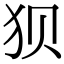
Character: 狈